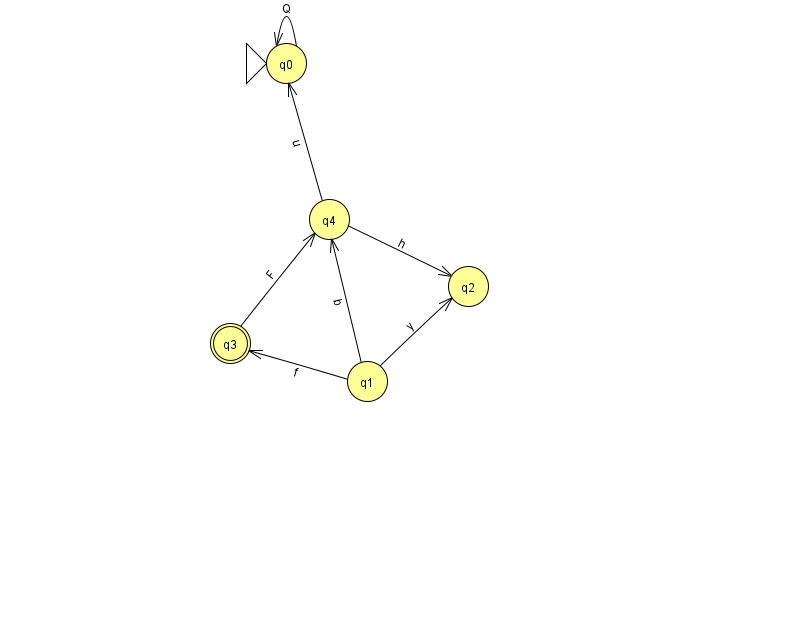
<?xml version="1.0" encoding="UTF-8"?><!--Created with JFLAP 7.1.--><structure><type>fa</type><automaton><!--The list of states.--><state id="0" name="q0"><x>286.0</x><y>50.0</y><initial/></state><state id="1" name="q1"><x>367.0</x><y>368.0</y></state><state id="2" name="q2"><x>468.0</x><y>273.0</y></state><state id="3" name="q3"><x>230.0</x><y>330.0</y><final/></state><state id="4" name="q4"><x>329.0</x><y>206.0</y></state><!--The list of transitions.--><transition><from>0</from><to>0</to><read>Q</read></transition><transition><from>4</from><to>0</to><read>u</read></transition><transition><from>1</from><to>4</to><read>b</read></transition><transition><from>3</from><to>4</to><read>F</read></transition><transition><from>4</from><to>2</to><read>h</read></transition><transition><from>1</from><to>2</to><read>y</read></transition><transition><from>1</from><to>3</to><read>f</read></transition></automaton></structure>